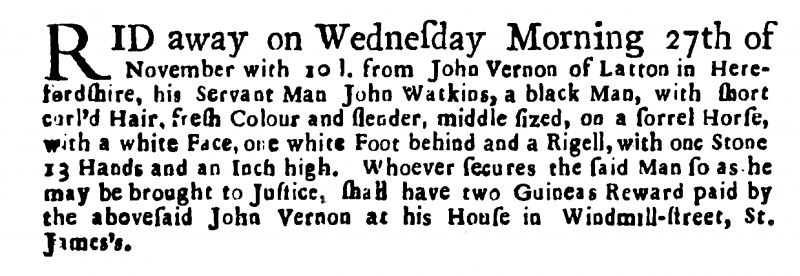
HIDDEN - FOR OVERWRITE, 3 December 1723 (England)
RID away on Wednesday Morning 27th of November with 10 l. from John Vernon of Latton in Herefordshire, his Servant Man John Watkins, a black Man, with short curl’d Hair, fresh Colour and slender, middle sized, on a sorrel Horse, with a white Face, one white Foot behind and a Rigell, with one Stone 13 Hands and an Inch high. Whoever secures the said Man so as he may be brought to Justice, shall have two Guineas Reward paid by the abovesaid John Vernon at his House in Windmill-street, St. James’s.